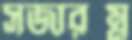
সজারম্ন